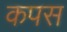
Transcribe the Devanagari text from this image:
कपस